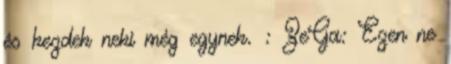
és kezdek neki még egynek. : ZeGa: Ezen ne